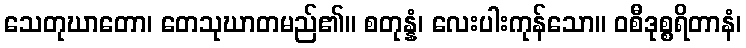
သေတုဃာတော၊ တေသုဃာတမည်၏။ စတုန္နံ၊ လေးပါးကုန်သော။ ဝစီဒုစ္စရိတာနံ၊